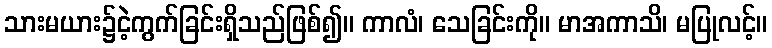
သားမယား၌ငဲ့ကွက်ခြင်းရှိသည်ဖြစ်၍။ ကာလံ၊ သေခြင်းကို။ မာအကာသိ၊ မပြုလင့်။